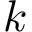
k